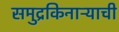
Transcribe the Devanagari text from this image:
समुद्रकिनाऱ्याची